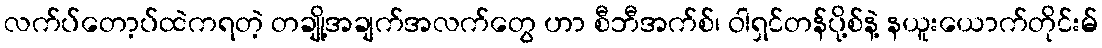
လက်ပ်တော့ပ်ထဲကရတဲ့ တချို့အချက်အလက်တွေ ဟာ စီဘီအက်စ်၊ ဝါရှင်တန်ပို့စ်နဲ့ နယူးယောက်တိုင်းမ်